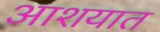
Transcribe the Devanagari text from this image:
आशयात